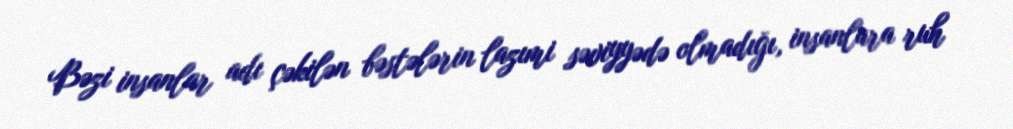
Bəzi insanlar adı çəkilən bəstələrin lazımi səviyyədə olmadığı, insanlara ruh